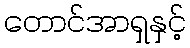
တောင်အာရှနှင့်